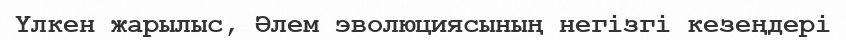
Үлкен жарылыс, Әлем эволюциясының негізгі кезеңдері